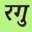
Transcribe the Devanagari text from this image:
रगु